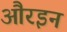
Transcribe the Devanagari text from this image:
औरइन